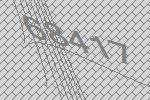
68417